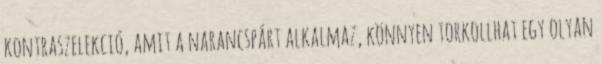
kontraszelekció, amit a narancspárt alkalmaz, könnyen torkollhat egy olyan